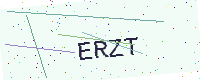
Text: ERZT